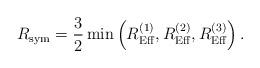
LaTeX: \begin{align*}R_{\mathrm{sym}}=\frac{3}{2} \min\left(R_{\mathrm{Eff}}^{(1)},R_{\mathrm{Eff}}^{(2)},R_{\mathrm{Eff}}^{(3)}\right).\end{align*}